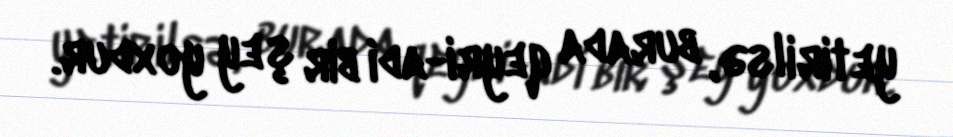
yetirilsə, burada qeyri-adi bir şey yoxdur.